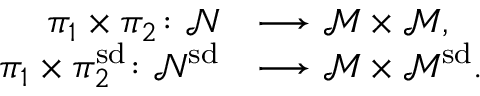
\begin{array} { r l } { \pi _ { 1 } \times \pi _ { 2 } \colon \mathcal { N } } & { \longrightarrow \mathcal { M } \times \mathcal { M } , } \\ { \pi _ { 1 } \times \pi _ { 2 } ^ { \smash { \mathrm { s d } } } \colon \mathcal { N } ^ { \smash { \mathrm { s d } } } } & { \longrightarrow \mathcal { M } \times \mathcal { M } ^ { \smash { \mathrm { s d } } } . } \end{array}